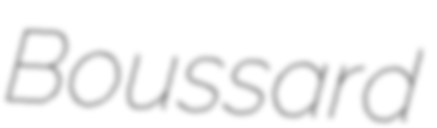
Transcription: Boussard